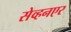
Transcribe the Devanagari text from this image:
सेव्हनएर